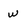
Character: w